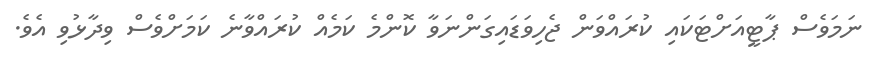
ނަމަވެސް ޕާޓީއަށްޓަކައި ކުރައްވަން ޖެހިވަޑައިގަންނަވާ ކޮންމެ ކަމެއް ކުރައްވާނެ ކަމަށްވެސް ވިދާޅުވި އެވެ.